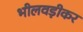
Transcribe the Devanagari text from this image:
भीलवड़ीकर